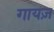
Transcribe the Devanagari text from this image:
गायज़